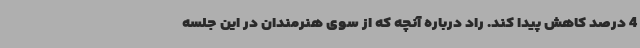
4 درصد کاهش پیدا کند. راد درباره آنچه که از سوی هنرمندان در این جلسه